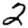
Digit: 2